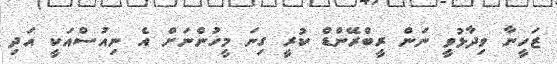
ޒަހީނާ ވިދާޅުވީ ނަން ރީބްރޭންޑް ކުރީ ގިނަ މީހުންނަށް އެ ނިއުސްއަކީ އަދި